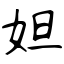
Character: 妲